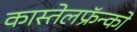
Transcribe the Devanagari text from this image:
कास्तेलफ्रॅन्को